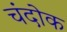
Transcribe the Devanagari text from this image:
चंदोक